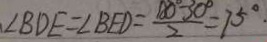
\angle B D E = \angle B E D = \frac { 1 8 0 ^ { \circ } - 3 0 ^ { \circ } } { 2 } = 7 5 ^ { \circ }